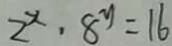
2 ^ { x } \cdot 8 ^ { y } = 1 6